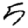
Digit: 5